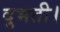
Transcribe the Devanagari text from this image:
दुभती।